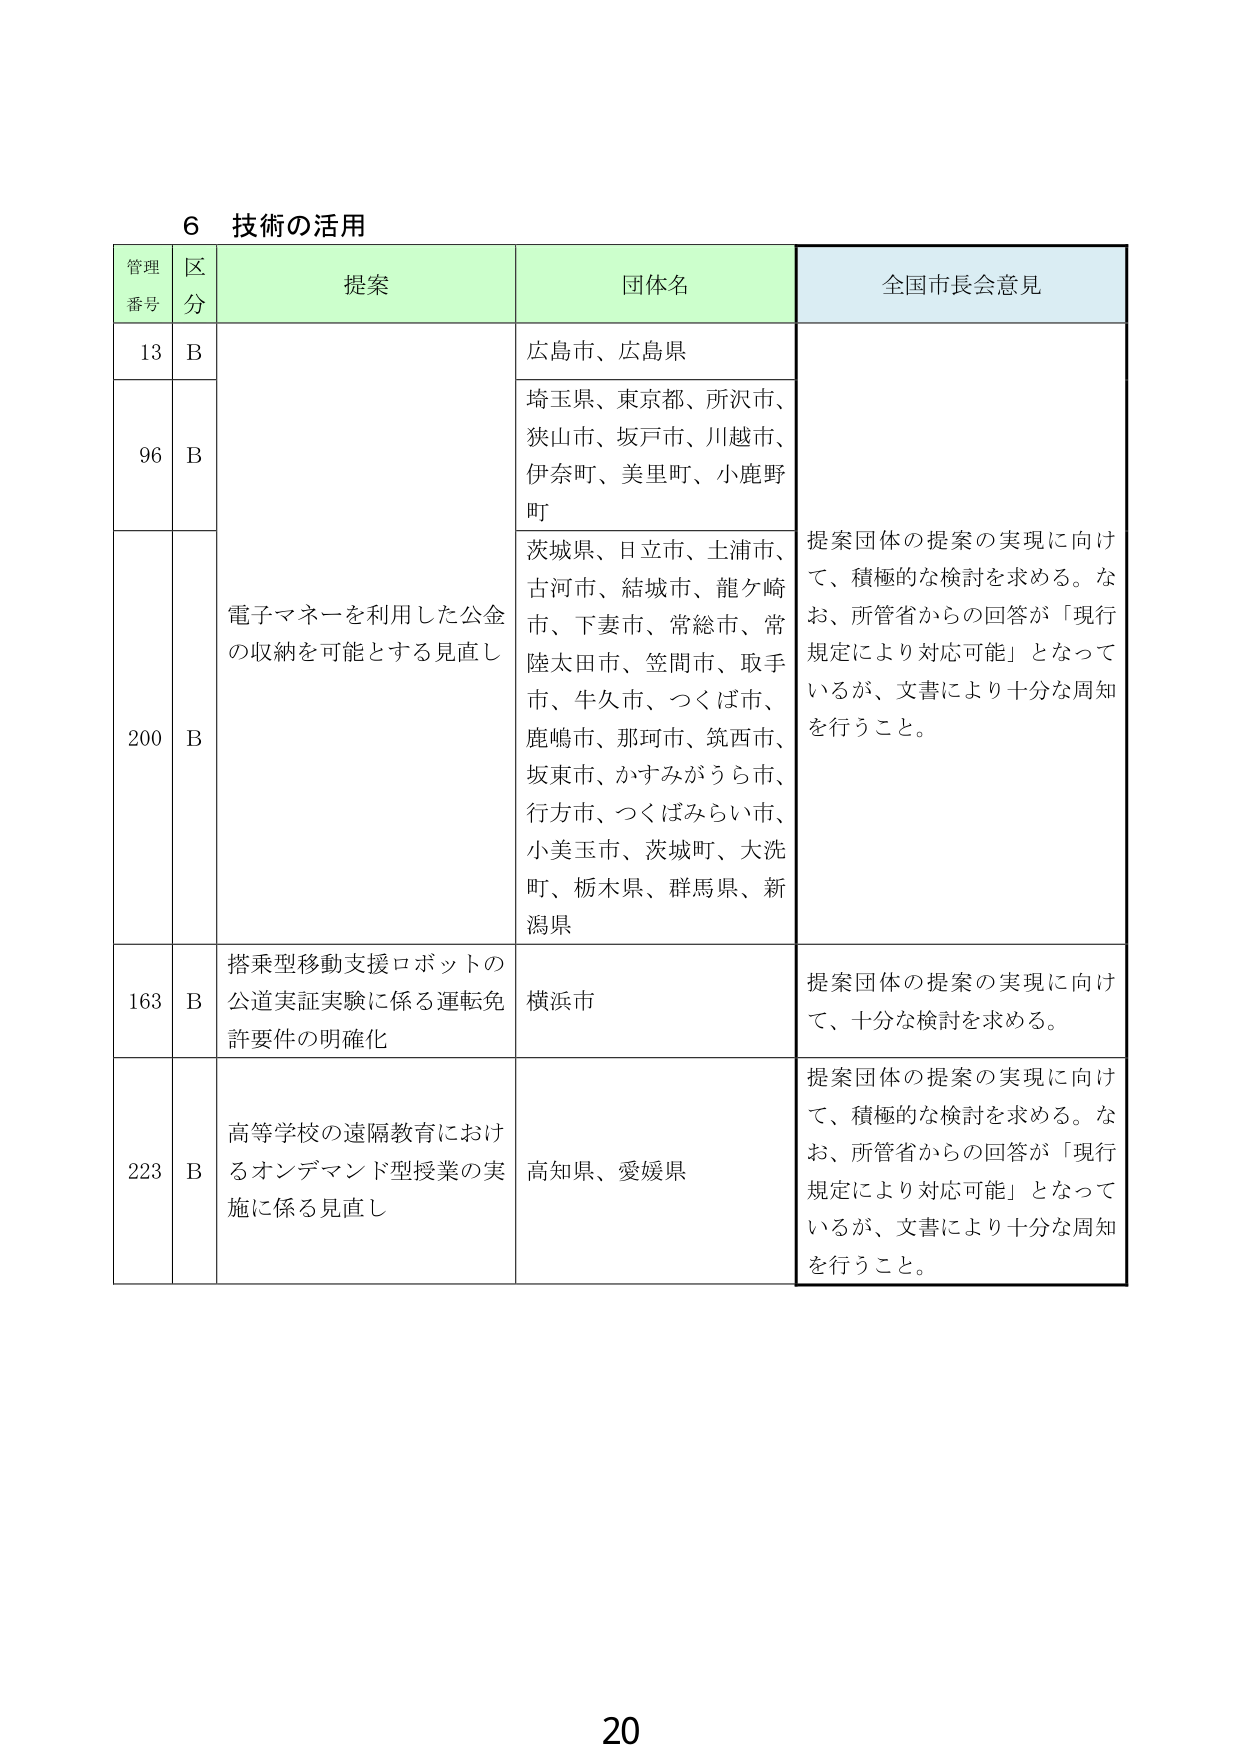
6 技術の活用

管理番号 区分 提案 団体名 全国市長会意見

13 B 電子マネーを利用した公金の収納を可能とする見直し 広島市、広島県 提案団体の提案の実現に向けて、積極的な検討を求める。なお、所管省からの回答が「現行規定により対応可能」となっているが、文書により十分な周知を行うこと。

96 B 埼玉県、東京都、所沢市、狭山市、坂戸市、川越市、伊奈町、美里町、小鹿野町

200 B 茨城県、日立市、土浦市、古河市、結城市、龍ケ崎市、下妻市、常総市、常陸太田市、笠間市、取手市、牛久市、つくば市、鹿嶋市、那珂市、筑西市、坂東市、かすみがうら市、行方市、つくばみらい市、小美玉市、茨城町、大洗町、栃木県、群馬県、新潟県

163 B 搭乗型移動支援ロボットの公道実証実験に係る運転免許要件の明確化 横浜市 提案団体の提案の実現に向けて、十分な検討を求める。

223 B 高等学校の遠隔教育におけるオンデマンド型授業の実施に係る見直し 高知県、愛媛県 提案団体の提案の実現に向けて、積極的な検討を求める。なお、所管省からの回答が「現行規定により対応可能」となっているが、文書により十分な周知を行うこと。

20